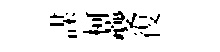
謀柯夔復